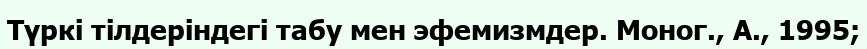
Түркі тілдеріндегі табу мен эфемизмдер. Моног., А., 1995;